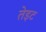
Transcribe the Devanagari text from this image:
तेइट